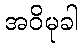
အဝိမုခါ